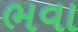
ભવા